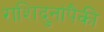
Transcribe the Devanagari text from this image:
राशिदुनांपैकी